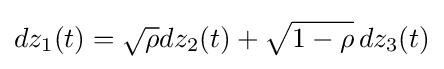
dz_{1}(t)={\sqrt {\rho }}dz_{2}(t)+{\sqrt {1-\rho }}\,dz_{3}(t)